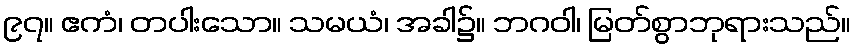
၉၇။ ဧကံ၊ တပါးသော။ သမယံ၊ အခါ၌။ ဘဂဝါ၊ မြတ်စွာဘုရားသည်။